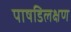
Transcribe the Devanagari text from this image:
पाषडिलक्षण